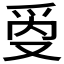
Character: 𰟾